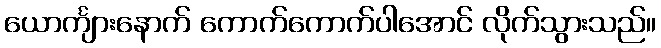
ယောင်္ကျားနောက် ကောက်ကောက်ပါအောင် လိုက်သွားသည်။